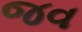
જવ